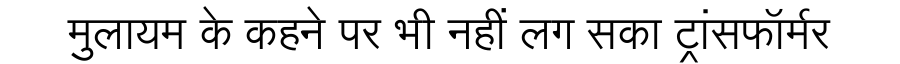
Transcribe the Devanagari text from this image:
मुलायम के कहने पर भी नहीं लग सका ट्रांसफॉर्मर